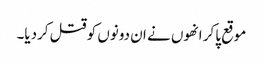
موقع پاکر انھوں نے ان دونوں کو قتل کردیا۔